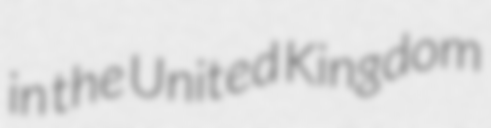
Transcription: in the United Kingdom